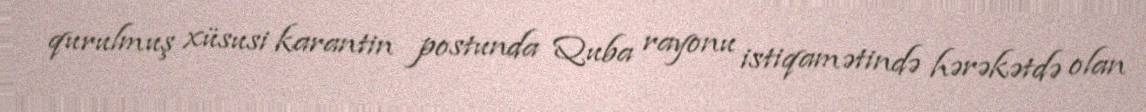
qurulmuş xüsusi karantin postunda Quba rayonu istiqamətində hərəkətdə olan